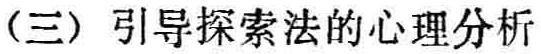
（三）引导探索法的心理分析